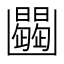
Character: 𠚠